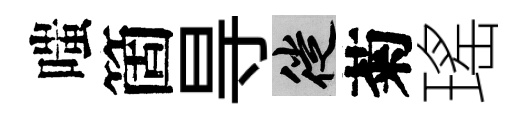
嗤箇㝵徙菊瑤